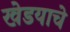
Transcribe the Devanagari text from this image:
खेडयाचे